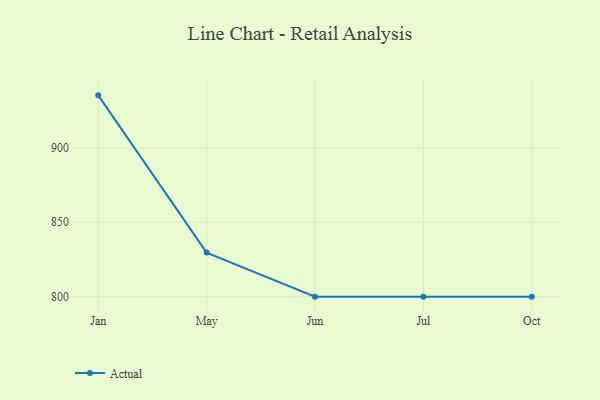
{"axis": {"x": "Month", "y": "Waste Production (Tons)"}, "legend": ["Actual"], "data": [{"x": "Jan", "y": 935.2, "type": "Actual"}, {"x": "May", "y": 829.6, "type": "Actual"}, {"x": "Jun", "y": 800, "type": "Actual"}, {"x": "Jul", "y": 800, "type": "Actual"}, {"x": "Oct", "y": 800, "type": "Actual"}]}